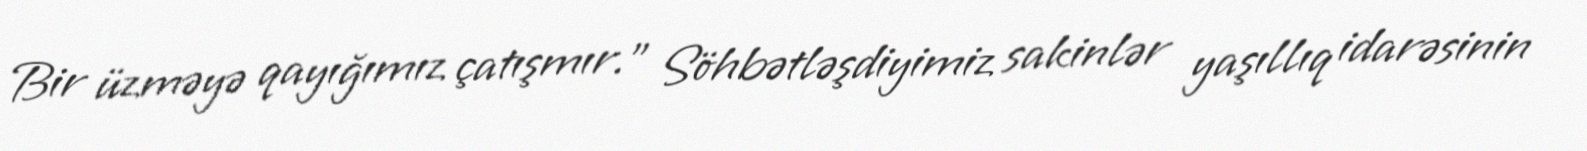
Bir üzməyə qayığımız çatışmır.” Söhbətləşdiyimiz sakinlər yaşıllıq idarəsinin